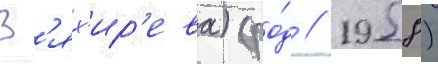
В'ях'ир'ева) (ро́д // 1958)